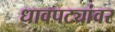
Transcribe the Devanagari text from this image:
धावपट्यांवर